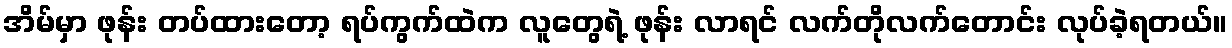
အိမ်မှာ ဖုန်း တပ်ထားတော့ ရပ်ကွက်ထဲက လူတွေရဲ့ ဖုန်း လာရင် လက်တိုလက်တောင်း လုပ်ခဲ့ရတယ်။